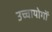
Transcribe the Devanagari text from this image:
उच्चायोगों